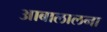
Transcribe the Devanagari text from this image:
आबालालना